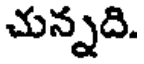
చున్నది.